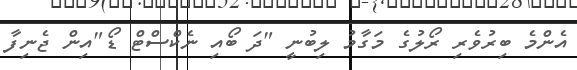
އެންމެ ބިރުވެރި ރޯލުގެ މަގާމު ލިބުނީ "ދަ ބޯއި ނެކްސްޓް ޑޯ"އިން ޖެނިފާ